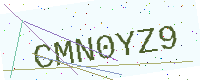
Text: CMN0YZ9